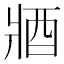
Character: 𨟻